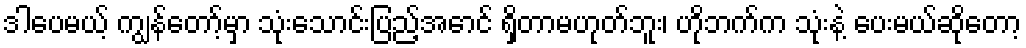
ဒါပေမယ့် ကျွန်တော့်မှာ သုံးသောင်းပြည့်အောင် ရှိတာမဟုတ်ဘူး၊ ဟိုဘက်က သုံးနဲ့ ပေးမယ်ဆိုတော့